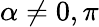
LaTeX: \alpha\neq 0,\pi